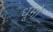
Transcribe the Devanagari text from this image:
धूमो